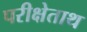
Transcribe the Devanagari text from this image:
परीक्षेताथ